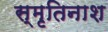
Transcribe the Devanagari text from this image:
स्मृतिनाश